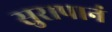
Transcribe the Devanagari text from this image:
सुरापानं